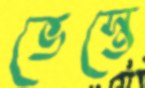
ভেস্তে